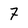
Character: 7